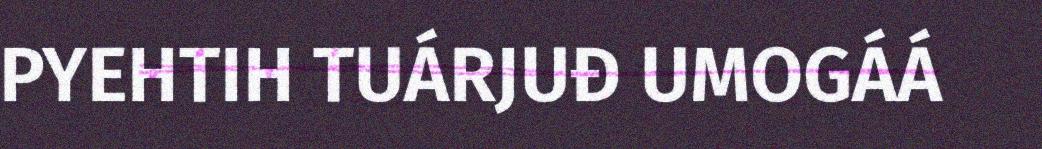
PYEHTIH TUÁRJUĐ UMOGÁÁ